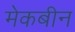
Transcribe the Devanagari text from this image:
मेकबीन